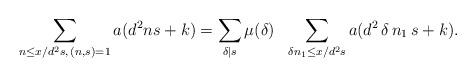
LaTeX: \begin{align*} \sum_{n \leq x / d^{2} s,\,(n, s) = 1} a(d^{2} n s + k) = \sum_{\delta \mid s}\mu (\delta) \ \ \sum_{ \delta n_{1} \leq x/ d^{2} s} a( d^{2}\, \delta\, n_{1}\, s + k).\end{align*}